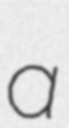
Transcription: a